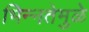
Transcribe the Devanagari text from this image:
भिन्‍नतेमुळे